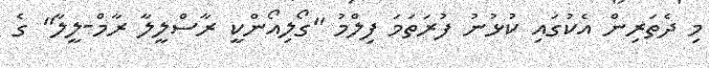
މި ދެތަރިން އެކުގައި ކުޅުނު ފުރަތަމަ ފިލްމު "ގޯލިއޯންކީ ރާސްލީލާ ރާމް-ލީލާ" ގެ